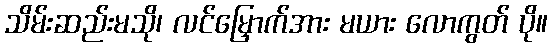
သိမ်းဆည်းမသို၊ လင်မြှောက်အား မယား လောကွတ် ပို။